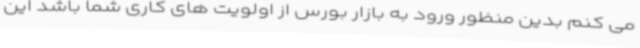
می کنم بدین منظور ورود به بازار بورس از اولویت های کاری شما باشد این